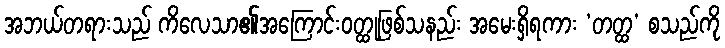
အဘယ်တရားသည် ကိလေသာ၏အကြောင်းဝတ္ထုဖြစ်သနည်း အမေးရှိရကား ‘တတ္ထ’ စသည်ကို